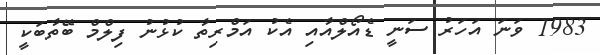
1983 ވަނަ އަހަރު ސަނީ ޑެއޯލްއާއި އެކު އަމްރިތާ ކުޅުނު ފިލްމް ބޭތާބަކީ